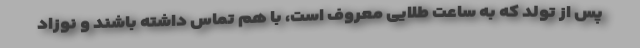
پس از تولد که به ساعت طلایی معروف است، با هم تماس داشته باشند و نوزاد